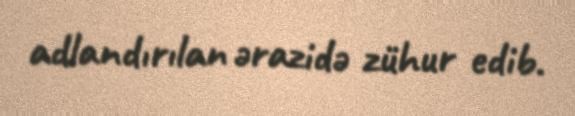
adlandırılan ərazidə zühur edib.